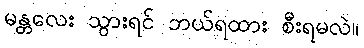
မန္တလေး သွားရင် ဘယ်ရထား စီးရမလဲ။